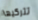
تتركيها